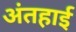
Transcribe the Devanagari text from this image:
अंतहाई